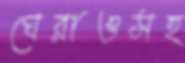
ঘেরাওসহ